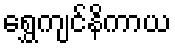
ရွှေကျင်နိကာယ